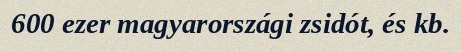
600 ezer magyarországi zsidót, és kb.